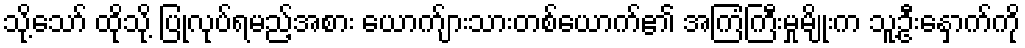
သို့သော် ထိုသို့ ပြုလုပ်ရမည့်အစား ယောက်ျားသားတစ်ယောက်၏ အကြံကြီးမှုမျိုးက သူ့ဦးနှောက်ကို